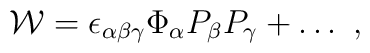
{\cal W}=\epsilon_{\alpha\beta\gamma} \Phi_\alpha P_\beta P_\gamma+\dots~,